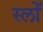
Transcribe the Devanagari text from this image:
स्लोँ